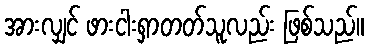
အားလျှင် ဖားငါးရှာတတ်သူလည်း ဖြစ်သည်။